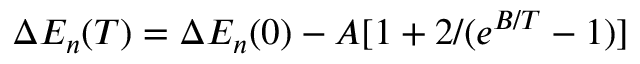
\Delta E _ { n } ( T ) = \Delta E _ { n } ( 0 ) - A [ 1 + 2 / ( e ^ { B / T } - 1 ) ]